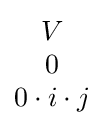
{\begin{matrix}V\\0\\0\cdot i\cdot j\end{matrix}}